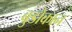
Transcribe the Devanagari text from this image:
बुडोकान